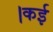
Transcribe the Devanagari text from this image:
।कई